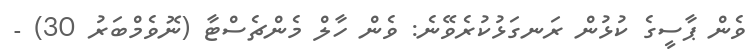
ވެން ޕާސީގެ ކުޅުން ރަނގަޅުކުރެވޭނެ: ވެން ހާލް މެންޗެސްޓާ (ނޮވެމްބަރު 30) -